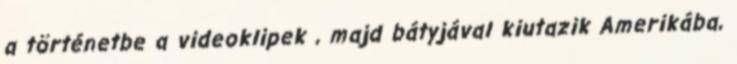
a történetbe a videoklipek , majd bátyjával kiutazik Amerikába,